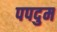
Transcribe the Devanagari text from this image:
पपदुम